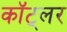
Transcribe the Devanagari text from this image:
कॉट्लर